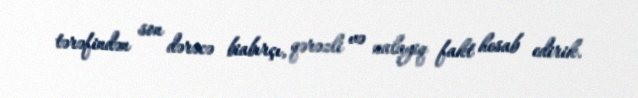
tərəfindən son dərəcə biabırçı, qərəzli və nalayiq fakt hesab edirik.